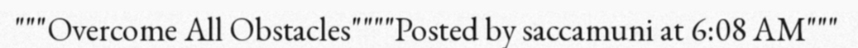
"""Overcome All Obstacles""""Posted by saccamuni at 6:08 AM"""